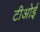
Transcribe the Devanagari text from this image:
टीओई